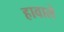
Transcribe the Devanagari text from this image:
हावाले